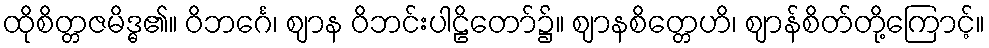
ထိုစိတ္တဇမိဒ္ဓ၏။ ဝိဘင်္ဂေ၊ ဈာန ဝိဘင်းပါဠိတော်၌။ ဈာနစိတ္တေဟိ၊ ဈာန်စိတ်တို့ကြောင့်။